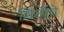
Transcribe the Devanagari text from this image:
मितींचे